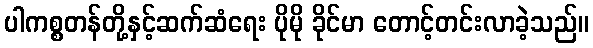
ပါကစ္စတန်တို့နှင့်ဆက်ဆံရေး ပိုမို ခိုင်မာ တောင့်တင်းလာခဲ့သည်။